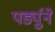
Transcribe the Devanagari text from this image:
पर्ड्युने